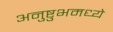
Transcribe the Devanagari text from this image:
अनुष्टुभमध्ये